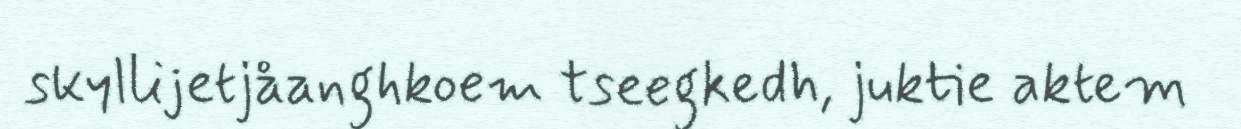
skyllijetjåanghkoem tseegkedh, juktie aktem